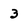
Character: 3